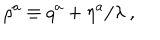
LaTeX: \rho ^ { a } \equiv q ^ { a } + \eta ^ { a } / \lambda ~ ,